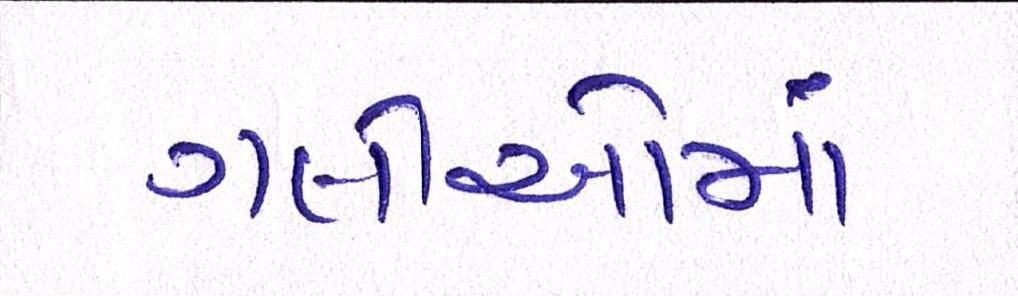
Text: ગલીઓમાં